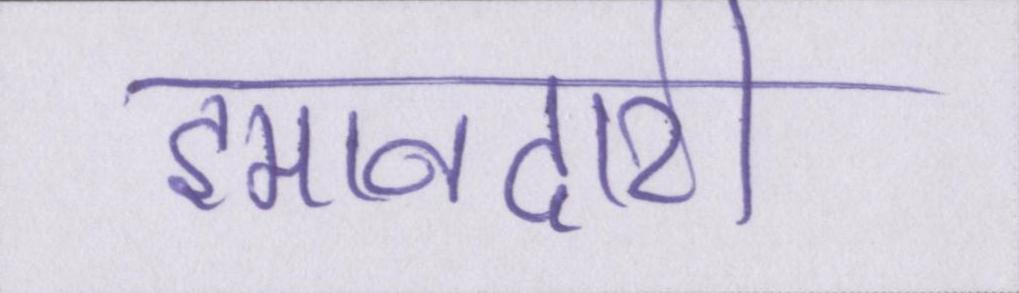
इमानदारी